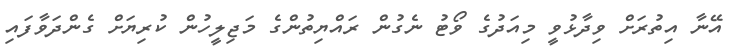
އޭނާ އިތުރަށް ވިދާޅުވީ މިއަދުގެ ވޯޓު ނެގުން ރައްޔިތުންގެ މަޖިލީހުން ކުރިޔަށް ގެންދަވާފައި